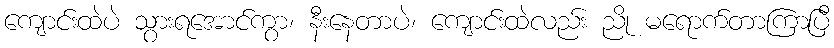
ကျောင်းထဲပဲ သွားရအောင်ကွာ၊ နီးနေတာပဲ၊ ကျောင်းထဲလည်း ညို မရောက်တာကြာပြီ